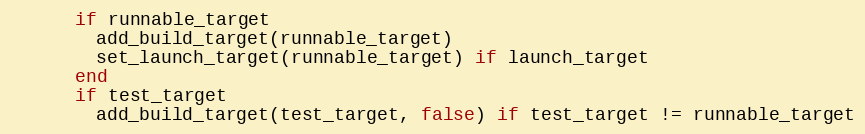
Language: Ruby
      if runnable_target
        add_build_target(runnable_target)
        set_launch_target(runnable_target) if launch_target
      end
      if test_target
        add_build_target(test_target, false) if test_target != runnable_target